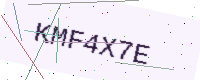
Text: KMF4X7E